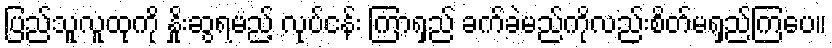
ပြည်သူလူထုကို နှိုးဆွရမည့် လုပ်ငန်း ကြာရှည် ခက်ခဲမည်ကိုလည်းစိတ်မရှည်ကြပေ။